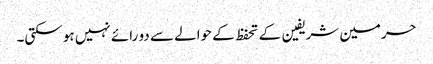
حرمین شریفین کے تحفظ کے حوالے سے دو رائے نہیں ہو سکتی۔